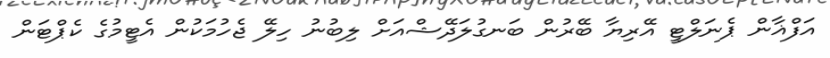
އަފްޣާން ޕެނަލްޓީ އޭރިޔާ ބޭރުން ބަނގުލަދޭޝްއަށް ލިބުނު ހިލޭ ޖެހުމަކުން އެޓީމުގެ ކެޕްޓަން